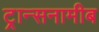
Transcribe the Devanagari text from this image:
ट्रान्सनामीब